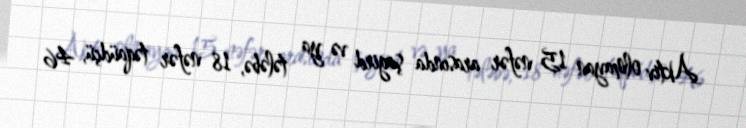
Aktiv olmayan 15 nəfər arasında şagird və ya tələbə, 18 nəfər təqaüdçü, 46